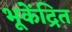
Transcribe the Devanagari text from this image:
भूकेंद्रित